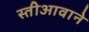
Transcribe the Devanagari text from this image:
स्तीआवाने